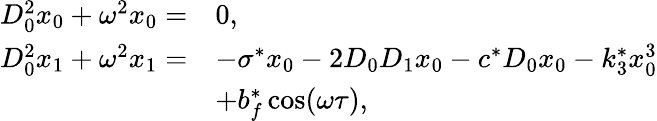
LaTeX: \begin{array}{rl}{D_{0}^{2}x_{0}+\omega^{2}x_{0}=}&{0,}\\ {D_{0}^{2}x_{1}+\omega^{2}x_{1}=}&{-\sigma^{*}x_{0}-2D_{0}D_{1}x_{0}-c^{*}D_{0}x_{0}-k_{3}^{*}x_{0}^{3}}\\ &{+b_{f}^{*}\cos(\omega\tau),}\end{array}